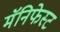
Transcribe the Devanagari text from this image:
मॅनिफेस्ट